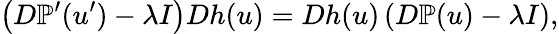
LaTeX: \left(D\mathbb{P}^{\prime}(u^{\prime})-\lambda I\right)Dh(u)=Dh(u)\left(D\mathbb{P}(u)-\lambda I\right),